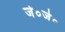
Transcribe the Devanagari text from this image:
जे०जे०